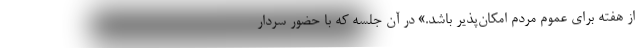
از هفته برای عموم مردم امکان‌پذیر باشد.» در آن جلسه که با حضور سردار